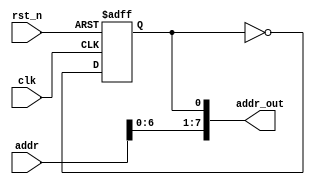
`timescale 1ns / 1ps
//////////////////////////////////////////////////////////////////////////////////
// Company: 
// Engineer: 
// 
// Design Name: 
// Module Name:    read_addr_gen_single 
// Project Name: 
// Target Devices: 
// Tool versions: 
// Description: 
//
// Dependencies: 
//
// Revision: 
// Revision 0.01 - File Created
// Additional Comments: 
//
//////////////////////////////////////////////////////////////////////////////////
module read_addr_gen_single(
	input clk,
	input rst_n,
	input [7:0] addr,
	output [7:0] addr_out
    );
	
	reg counter;
	
	initial
		counter <= 1'b0;
	
	always @(posedge clk or negedge rst_n)
	begin
		if (~rst_n) counter <= 1'b0;
		else counter <= ~counter;
	end
	
	assign addr_out = {addr, counter};

endmodule